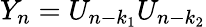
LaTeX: Y_{n}=U_{n-k_{1}}U_{n-k_{2}}